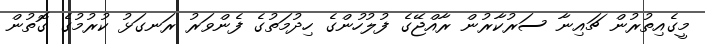
މީގެއިތުރުން ޗައިނާ ސަރުކާރުން ރާއްޖޭގެ ފުލުހުންގެ ހިދުމަތުގެ ފެންވަރު ރަނގަޅު ކުރުމުގެ ގޮތުން